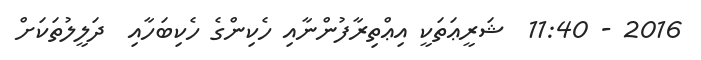
2016 - 11:40  ޝަރީޢަތަކީ އިޢްތިރާފުންނާއި ހެކިންގެ ހެކިބަހާއި  ދަލީލުތަކަށް